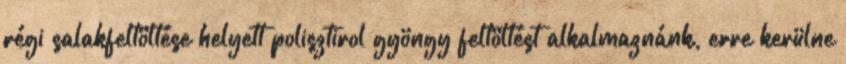
régi salakfeltöltése helyett polisztirol gyöngy feltöltést alkalmaznánk, erre kerülne